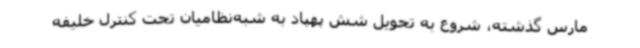
مارس گذشته، شروع به تحویل شش پهپاد به شبه‌نظامیان تحت کنترل خلیفه